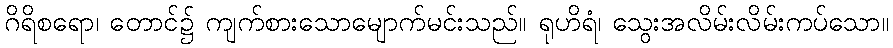
ဂိရိစရော၊ တောင်၌ ကျက်စားသောမျောက်မင်းသည်။ ရုဟိရံ၊ သွေးအလိမ်းလိမ်းကပ်သော။